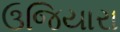
ઉજિયારા